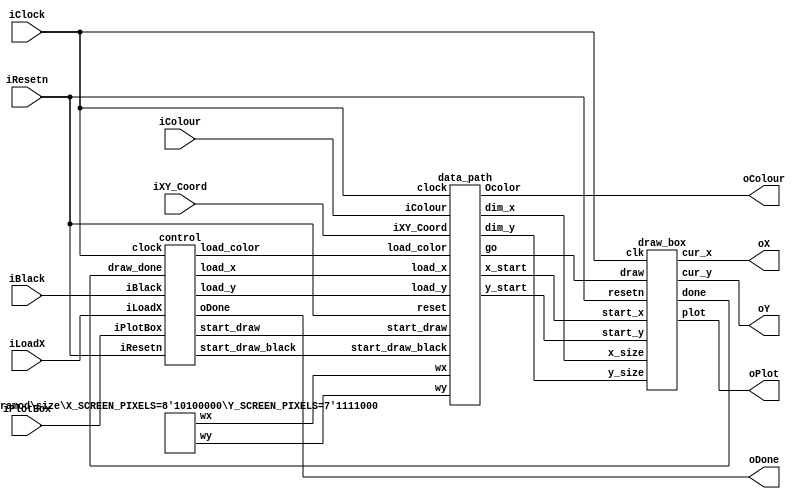
module part2(iResetn,iPlotBox,iBlack,iColour,iLoadX,iXY_Coord,iClock,oX,oY,oColour,oPlot,oDone);
   parameter X_SCREEN_PIXELS = 8'd160;
   parameter Y_SCREEN_PIXELS = 7'd120;

   input wire iResetn, iPlotBox, iBlack, iLoadX;
   input wire [2:0] iColour;
   input wire [6:0] iXY_Coord;
   input wire 	    iClock;

   output wire [7:0] oX;         // VGA pixel coordinates
   output wire [6:0] oY;

   output wire [2:0] oColour;     // VGA pixel colour (0-7)
   output wire 	     oPlot;       // Pixel draw enable
   output wire       oDone;       // goes high when finished drawing frame
   
   wire load_x, load_y, load_color, start_draw, start_draw_black,draw_done;

   
   // Your code goes here
  

 control u1 (
.clock(iClock), 
.iResetn(iResetn),
.iPlotBox(iPlotBox),
.iBlack( iBlack),
.iLoadX( iLoadX),
.load_x(load_x),. load_y(load_y), 
.load_color(load_color),
 .start_draw(start_draw), 
.start_draw_black(start_draw_black), 
.draw_done(draw_done),
.oDone(oDone));

wire [7:0] x_start, dim_x;         
wire [6:0] y_start, dim_y;
wire go;
wire [7:0] wx; 
wire [6:0] wy;

size  #(X_SCREEN_PIXELS, Y_SCREEN_PIXELS) u0 (.wx(wx), .wy(wy));

data_path u2 ( 
.clock(iClock), 
.reset((iResetn)), 
.load_x(load_x), 
.load_y(load_y), 
.load_color(load_color), 
.start_draw(start_draw), 
.start_draw_black(start_draw_black), 
.x_start(x_start), 
.y_start(y_start), 
.dim_x(dim_x), 
.dim_y(dim_y),
.wx(wx), 
.wy(wy),
 .Ocolor(oColour), .iColour(iColour), 
 .iXY_Coord(iXY_Coord), 
.go(go));

draw_box u3 (
  .clk((iClock)),
 .resetn(iResetn),
  .draw(go),
  .start_x(x_start),
  .start_y(y_start),
 .x_size(dim_x), 
  .y_size(dim_y), 
  .cur_x(oX),
  .cur_y(oY),
  .plot(oPlot),
  .done(draw_done)
);
   

endmodule





module control(clock, iResetn, iPlotBox, iBlack, iLoadX,load_x, load_y, load_color, start_draw, start_draw_black, draw_done, oDone);


    input clock, iResetn, iPlotBox, iBlack, iLoadX, draw_done; //draw done is draw box saying done

    output reg load_x; //bits need to be changed 
    output reg load_y; //number of bits needs to be changed 
    output reg load_color;  //change bits 
    output reg start_draw; 
    output reg start_draw_black;
    output reg oDone; //oDone stays active in S_done
   
    reg [3:0] current_state, next_state; //10 states in total 
 
               localparam   SO                =4'd0, //figure out decimal bits 
                        S_getx           =4'd1,
                        S_wait           =4'd2,
                        S_load_Y      =4'd3,
                        S_draw         =4'd4,
                        S_drawing = 4'd5,
                        S_done         =4'd6,
                        S_done_plot_wait       =4'd7,
                        S_Black       =4'd8,
                        S_draw_black             =4'd9;
                       

                        
          always@(*)
          begin: state_table 
              case (current_state) 
                        SO : begin if (iLoadX == 1)  begin next_state = S_getx; end
							         else if (iBlack == 1) begin next_state = S_Black; end
										else begin next_state = SO; end end
								
			S_getx: begin next_state =  iLoadX? S_getx : S_wait; load_x=iLoadX; end					
                        S_wait : next_state = iPlotBox? S_load_Y : S_wait; 
			S_load_Y: begin next_state = iPlotBox ? S_load_Y: S_draw;
							end
					
                        S_draw : next_state = S_drawing;
                        S_drawing: next_state = draw_done ? S_done: S_drawing; 
								S_Black: next_state = iBlack? S_Black :S_draw_black;
                        S_done: next_state =SO;
								S_draw_black: next_state = S_drawing;

                       default:     next_state =SO;
        endcase
		    end // state_table

// Output logic aka all of our datapath control signals
    always @(*)
    begin: enable_signals 
  // By default make all our signals 0
    load_x=0;  //bits need to be changed 
    load_y=0; //number of bits needs to be changed 
    load_color=0; //change bits 
    start_draw=0; 
    start_draw_black=0; //change bits 
    oDone=draw_done;

    case(current_state)
      SO: begin  //everything is already set to zero by default 
       end
      S_getx : begin 
       load_x=1;
        end
      S_wait: begin load_y = 1;load_color=1;
        end
      S_load_Y: begin 
              load_color=iPlotBox;
              load_y = iPlotBox;

		
	end
      S_draw: begin 
	start_draw=1;
        oDone=0;
	
	end
	S_drawing: begin oDone=0; end
        
     S_done: begin 
	oDone=0;
	end
              
    S_draw_black: begin 
        start_draw_black=1'b1;
	end

endcase
end //end of enable signals 

//current state register 
always@(posedge clock)
begin
 if (!iResetn)
   current_state<= SO;
 else
current_state<=next_state; 
end

endmodule 



//to turn screen pixels parameter to signals
module size(
    output wire [7:0] wx,
    output wire [6:0] wy
);
   parameter X_SCREEN_PIXELS = 8'd160;
   parameter Y_SCREEN_PIXELS = 7'd120;
   assign wx = X_SCREEN_PIXELS;
   assign wy = Y_SCREEN_PIXELS;
endmodule

module data_path ( clock, reset, load_x, load_y, load_color, start_draw, start_draw_black, x_start, y_start, dim_x, dim_y, wx, wy, Ocolor, iColour,  iXY_Coord, go);


     input  load_x, load_y, load_color, start_draw, start_draw_black, clock, reset;
     output reg  go;
     output reg [7:0] x_start,  dim_x;
     output reg [6:0] y_start, dim_y;
     output reg [2:0] Ocolor;
     input wire [2:0] iColour;
     input wire [6:0] iXY_Coord;
    

//size of screen
  input  wire [7:0] wx; 
  input wire [6:0] wy;


    always@(posedge clock) begin
	    go <= 0;

        if (!reset) begin
              x_start<= 0;
              y_start<= 0;
              dim_x  <= 4;
              dim_y  <= 4; 
  	      Ocolor <= 0 ;
  	      go <= 0; end
        else if (load_x) begin
              x_start <= iXY_Coord; end
        else if (load_color && load_y) begin
	y_start <= iXY_Coord;
           Ocolor<= iColour; end
        else if  (start_draw) begin
             go <= 1; 
             dim_x  <= 4;
             dim_y  <= 4;  end
         else if (start_draw_black) begin
            go <= 1; 
           Ocolor <= 0;
              x_start<= 0;
              y_start<= 0;
              dim_x  <= wx;
              dim_y  <= wy; end
end
 
               
         


endmodule

module draw_box (
  input clk, input resetn,
  input wire draw,
  input wire [7:0] start_x,
  input wire [6:0] start_y,
  input wire [7:0] x_size, 
  input wire [6:0] y_size, 
  output wire [7:0] cur_x,
  output wire [6:0] cur_y,
  output reg plot,
  output reg done
);

  localparam s_idle = 2'b00, s_draw = 2'b01, s_done = 2'b10;

  reg [1:0] state;
  reg [7:0] current_x, x_dim, starting_x;
  reg [6:0] current_y, y_dim, starting_y;



  always @(posedge clk) begin

      plot <= 1'b0;
      done <= 1'b0;


    if (!resetn) begin
      state <= s_idle;
      current_x <= 8'b0;
      current_y <= 7'b0;
      plot <= 1'b0;
      done <= 1'b0;
      x_dim <= 0;
      y_dim <= 0;
    end else begin
      case(state)
        s_idle: begin
          if (draw) begin
            state <= s_draw;
            current_x <= start_x;
            starting_x <= start_x;
            current_y <= start_y;
            starting_y <= start_y;
            x_dim <= x_size;
            y_dim <= y_size;
            plot <= 1'b1;
          end
          done <= 1'b0;
        end
        s_draw:begin
           plot <= 1'b1;
          if (current_x < (starting_x + x_dim - 1)) begin
            current_x <= current_x + 1;
          end else if (current_y < (starting_y + y_dim - 1)) begin
            current_x <= starting_x;
            current_y <= current_y + 1;
          end else begin
            state <= s_done;
            plot <= 1'b0;
          end
         end
            
        s_done: begin
          
          plot <= 1'b0;
          done <= 1'b1;

           if (draw) begin
            state <= s_draw;
            current_x <= start_x;
            starting_x <= start_x;
            current_y <= start_y;
            starting_y <= start_y;
            x_dim <= x_size;
            y_dim <= y_size;
            plot <= 1'b1;
	    done <=0;
          end
        end
      endcase
    end
  end

  assign cur_x = current_x;
  assign cur_y = current_y;

endmodule